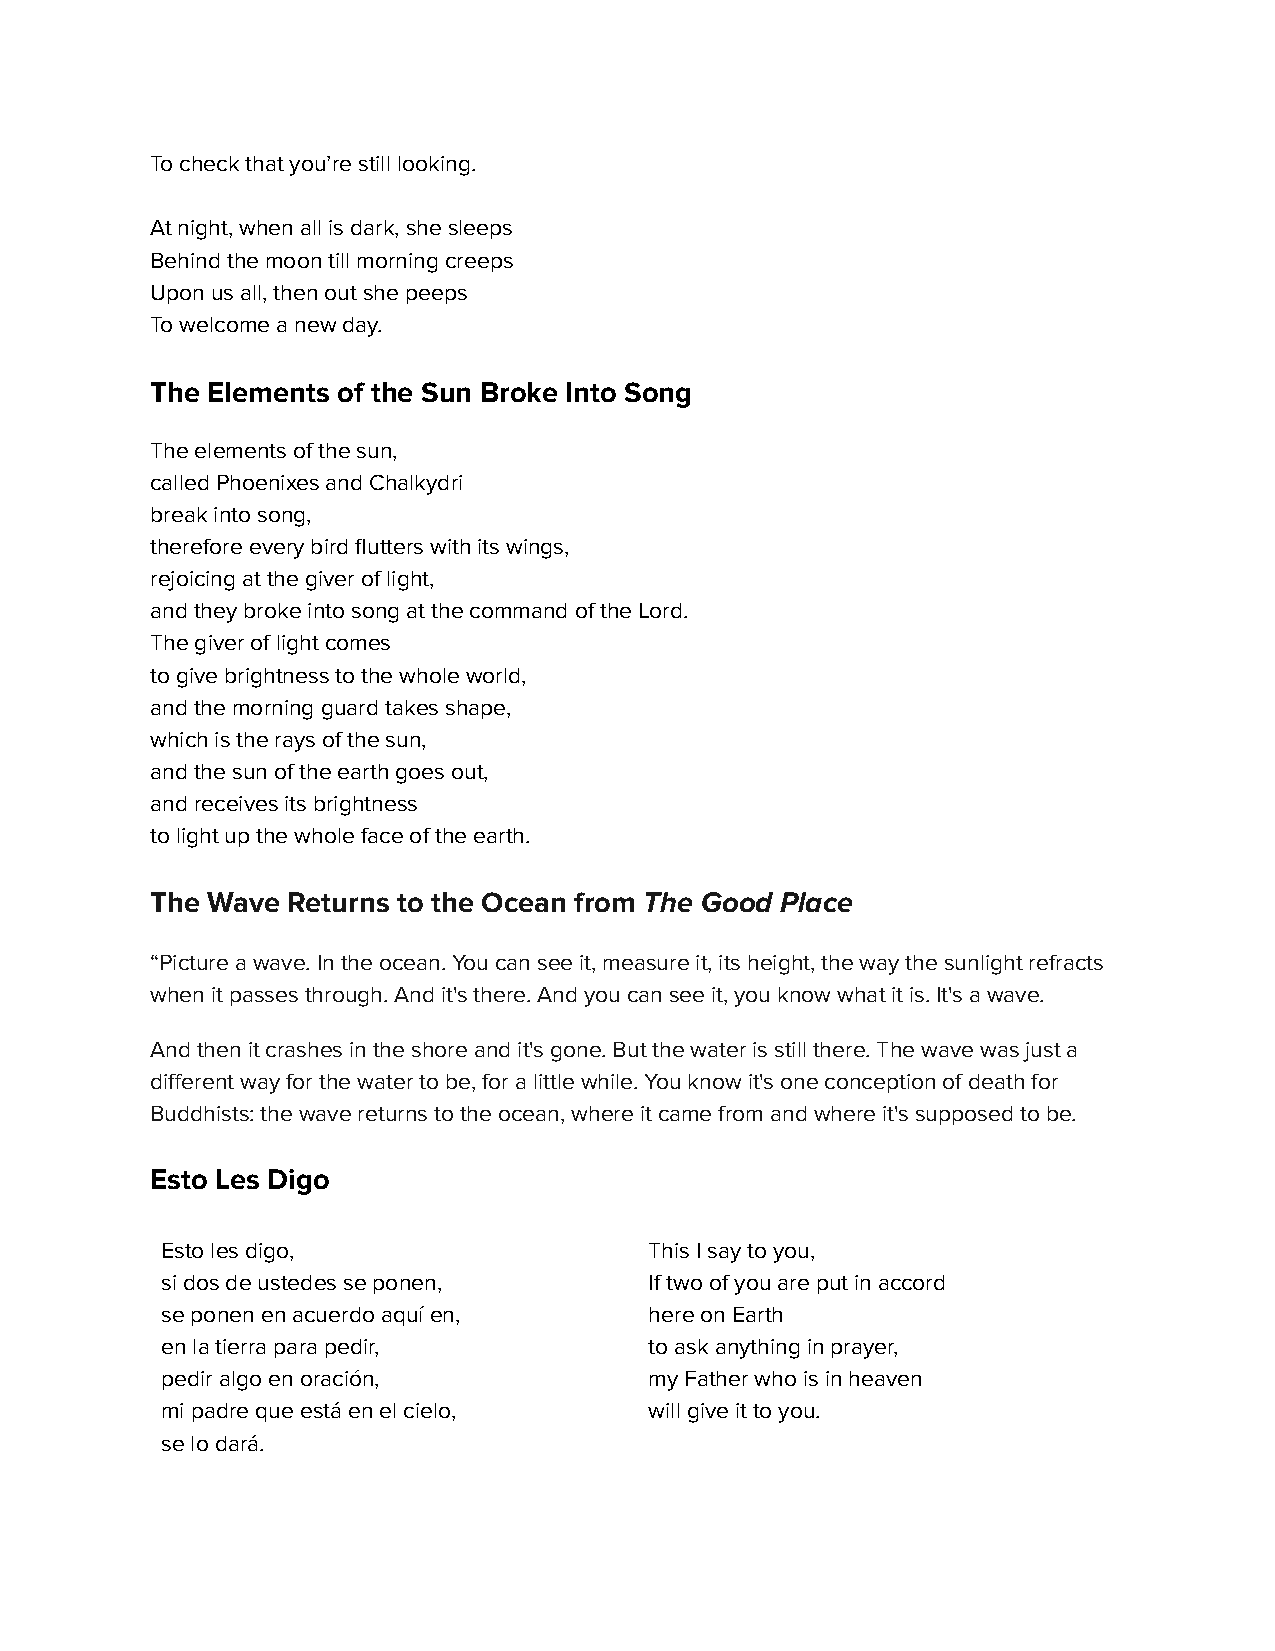
To check that you’re still looking.
 At night, when all is dark, she sleeps
 Behind the moon till morning creeps
 Upon us all, then out she peeps
 To welcome a new day.
 The Elements of the Sun Broke Into Song
 The elements of the sun,
 called Phoenixes and Chalkydri
 break into song,
 therefore every bird flutters with its wings,
 rejoicing at the giver of light,
 and they broke into song at the command of the Lord.
 The giver of light comes
 to give brightness to the whole world,
 and the morning guard takes shape,
 which is the rays of the sun,
 and the sun of the earth goes out,
 and receives its brightness
 to light up the whole face of the earth.
 The Wave Returns to the Ocean from The Good Place
 “Picture a wave. In the ocean. You can see it, measureit, its height, the way the sunlight refracts
 when it passes through. And it's there. And you cansee it, you know what it is. It's a wave.
 And then it crashes in the shore and it's gone. Butthe water is still there. The wave was just a
 different way for the water to be, for a little while.You know it's one conception of death for
 Buddhists: the wave returns to the ocean, where itcame from and where it's supposed to be.
 Esto Les Digo
 Esto les digo,                  This I say to you,
 si dos de ustedes se ponen,     If two of you are put in accord
 se ponen en acuerdo aquí en,    here on Earth
 en la tierra para pedir,        to ask anything in prayer,
 pedir algo en oración,          my Father who is in heaven
 mi padre que está en el cielo,  will give it to you.
 se lo dará.